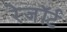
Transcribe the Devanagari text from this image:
रेजॉर्ट